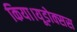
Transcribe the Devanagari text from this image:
किया।यूडोक्‍सस